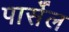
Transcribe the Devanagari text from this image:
पार्सेल